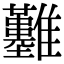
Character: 𩁬